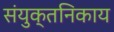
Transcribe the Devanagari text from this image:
संयुक्तनिकाय